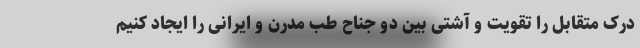
درک متقابل را تقویت و آشتی بین دو جناح طب مدرن و ایرانی را ایجاد کنیم